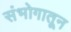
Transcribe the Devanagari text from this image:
संभोगातून